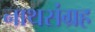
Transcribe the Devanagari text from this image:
नाथसंग्रह